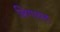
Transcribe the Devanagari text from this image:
लिगायत